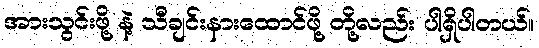
အားသွင်းဖို့ နဲ့ သီချင်းနားထောင်ဖို့ တို့လည်း ပါရှိပါတယ်။